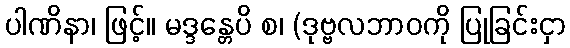
ပါဏိနာ၊ ဖြင့်။ မဒ္ဒန္တေပိ စ၊ (ဒုဗ္ဗလဘာဝကို ပြုခြင်းငှာ